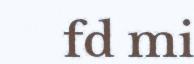
fd mi